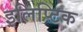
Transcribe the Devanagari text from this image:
इलिप्टिक